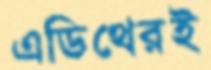
এডিথেরই